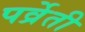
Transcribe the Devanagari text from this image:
पर्व्रेती